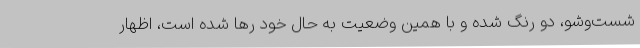
شست‌وشو، دو رنگ شده و با همین وضعیت به حال خود رها شده است، اظهار